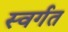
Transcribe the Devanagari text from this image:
स्वर्गत